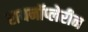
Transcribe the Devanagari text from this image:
रायनॉप्लेरीन